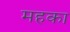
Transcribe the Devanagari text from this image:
महका